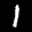
Label: 1